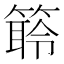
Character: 䉁